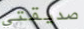
صديقتي